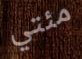
مئتي